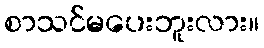
စာသင်မပေးဘူးလား။